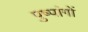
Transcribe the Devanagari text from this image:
पुष्पांगों